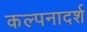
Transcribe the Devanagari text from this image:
कल्पनादर्श